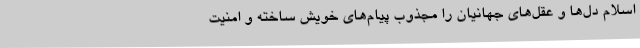
اسلام دل‌ها و عقل‌های جهانیان را مجذوب پیام‌های خویش ساخته و امنیت